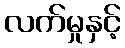
လက်မှုနှင့်